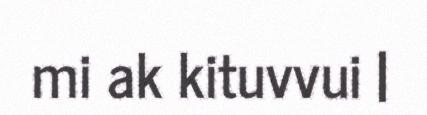
mi ak kituvvui |